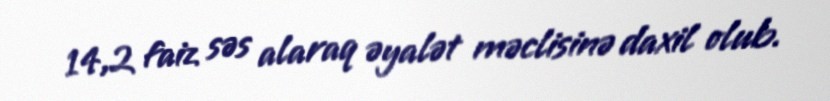
14,2 faiz səs alaraq əyalət məclisinə daxil olub.